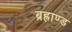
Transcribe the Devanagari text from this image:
ब्रह्राण्ड